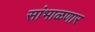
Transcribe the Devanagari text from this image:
सांभाळणार